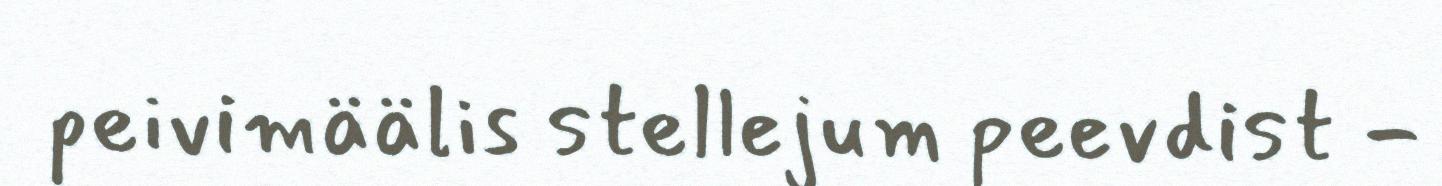
peivimäälis stellejum peevdist -